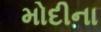
મોદીના